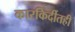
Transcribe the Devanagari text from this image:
कारकिर्दीतही